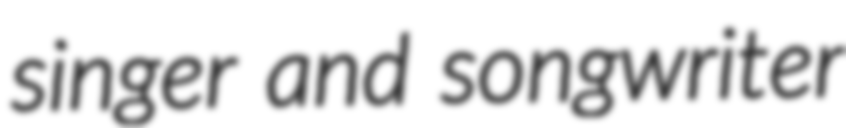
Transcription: singer and songwriter